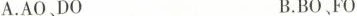
A.AO、DO B.BO、FO